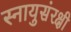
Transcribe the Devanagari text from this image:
स्नायुसंरक्षी